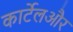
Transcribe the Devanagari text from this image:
कार्टेलऔर